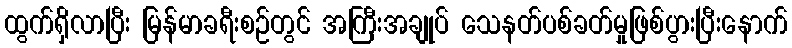
ထွက်ရှိလာပြီး မြန်မာခရီးစဉ်တွင် အကြီးအချုပ် သေနတ်ပစ်ခတ်မှုဖြစ်ပွားပြီးနောက်